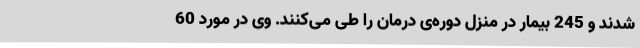
شدند و 245 بیمار در منزل دوره‌ی درمان را طی می‌کنند. وی در مورد 60